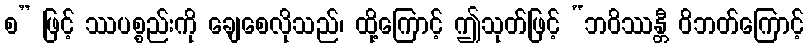
စ” ဖြင့် ဿပစ္စည်းကို ချေစေလိုသည်၊ ထို့ကြောင့် ဤသုတ်ဖြင့် “ဘဝိဿန္တီ ဝိဘတ်ကြောင့်